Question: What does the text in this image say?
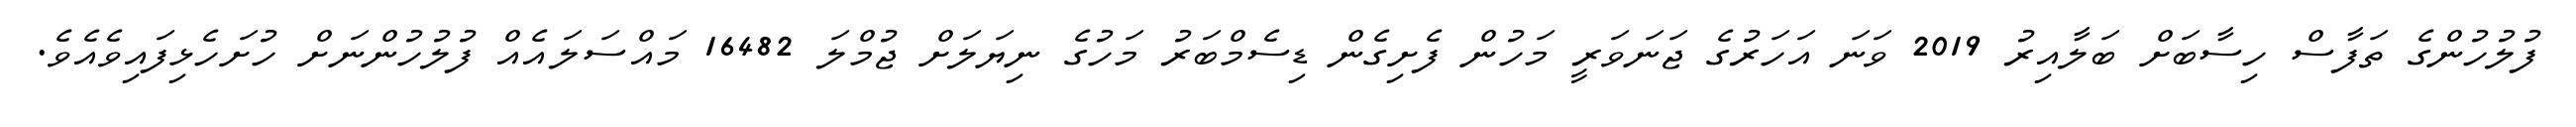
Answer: ފުލުހުންގެ ތަފާސް ހިސާބަށް ބަލާއިރު 2019 ވަނަ އަހަރުގެ ޖަނަވަރީ މަހުން ފެށިގެން ޑިސެމްބަރު މަހުގެ ނިޔަލަށް ޖުމްލަ 16482 މައްސަލައެއް ފުލުހުންނަށް ހުށަހެޅިފައިވެއެވެ.